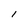
Character: l